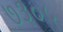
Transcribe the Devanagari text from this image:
७३०५